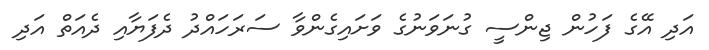
އަދި އޭގެ ފަހުން ޖިންސީ ގުނަވަނުގެ ވަށައިގެންވާ ސަރަހައްދު ދެފަޔާއި ދެއަތް އަދި